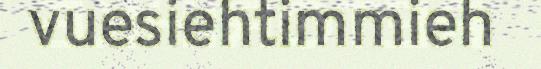
vuesiehtimmieh